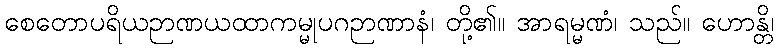
စေတောပရိယဉာဏယထာကမ္မုပဂဉာဏာနံ၊ တို့၏။ အာရမ္မဏံ၊ သည်။ ဟောန္တိ၊